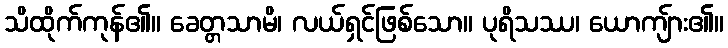
သိထိုက်ကုန်၏။ ခေတ္တသာမိ၊ လယ်ရှင်ဖြစ်သော။ ပုရိသဿ၊ ယောကျ်ား၏။